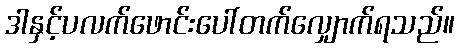
ဒါနှင့်ပလက်ဖောင်းပေါ်တက်လျှောက်ရသည်။